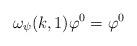
LaTeX: \begin{align*} \omega_{\psi}(k,1) \varphi^0 = \varphi^0\end{align*}